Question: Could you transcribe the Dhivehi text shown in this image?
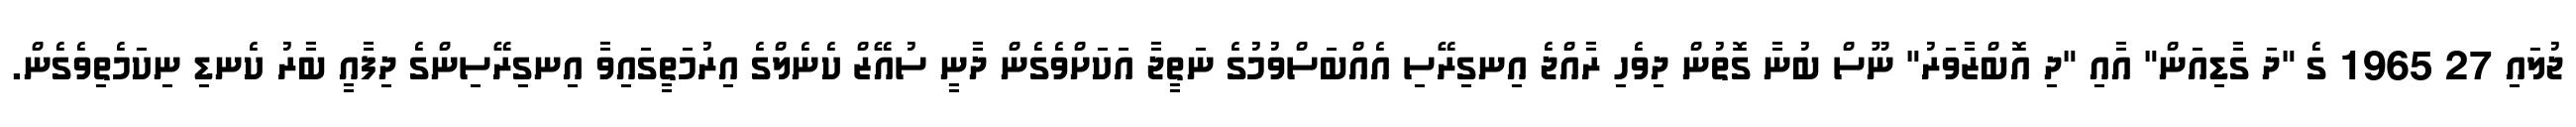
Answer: ޖުލައި 27 1965 ގެ "ދަ ގާޑިއަން" އާއި "ދި އޮބްޒާވަރު" ނޫސް ބުނާ ގޮތުން ދިވެހި ރާއްޖެ އިނގިރޭސި އެއްބަސްވުމުގެ ނަތީޖާ އަކަށްވެގެން ދާނީ ސުއޭޒް ކެނެލްގެ އިރުމަތީގައިވާ އިނގިރޭސިންގެ ދިފާއީ ބާރު ކެނޑި ނިކަމެތިވެގެން.